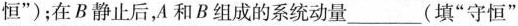
恒”)；在B静止后，A和B组成的系统动量___(填”守恒”或”不守恒”).